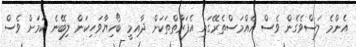
އެންމެ ލަސްވެގެން ވެސް އެއްމަސްތެރޭގައި އެފަރާތްތަކަށް ދާއިމީ ބޯހިޔާވަހިކަން ލިބޭނެ ކަމަށް ވެސް